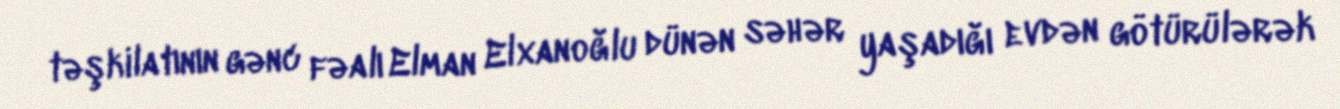
təşkilatının gənc fəalı Elman Elxanoğlu dünən səhər yaşadığı evdən götürülərək